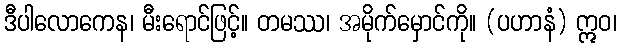
ဒီပါလောကေန၊ မီးရောင်ဖြင့်။ တမဿ၊ အမိုက်မှောင်ကို။ (ပဟာနံ) ဣဝ၊